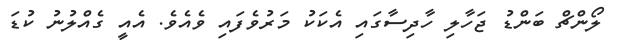
ލޯންޗް ބަންޑު ޖަހާލި ހާދިސާގައި އެކަކު މަރުވެފައި ވެއެވެ. އެއީ ގެއްލުނު ކުޑަ